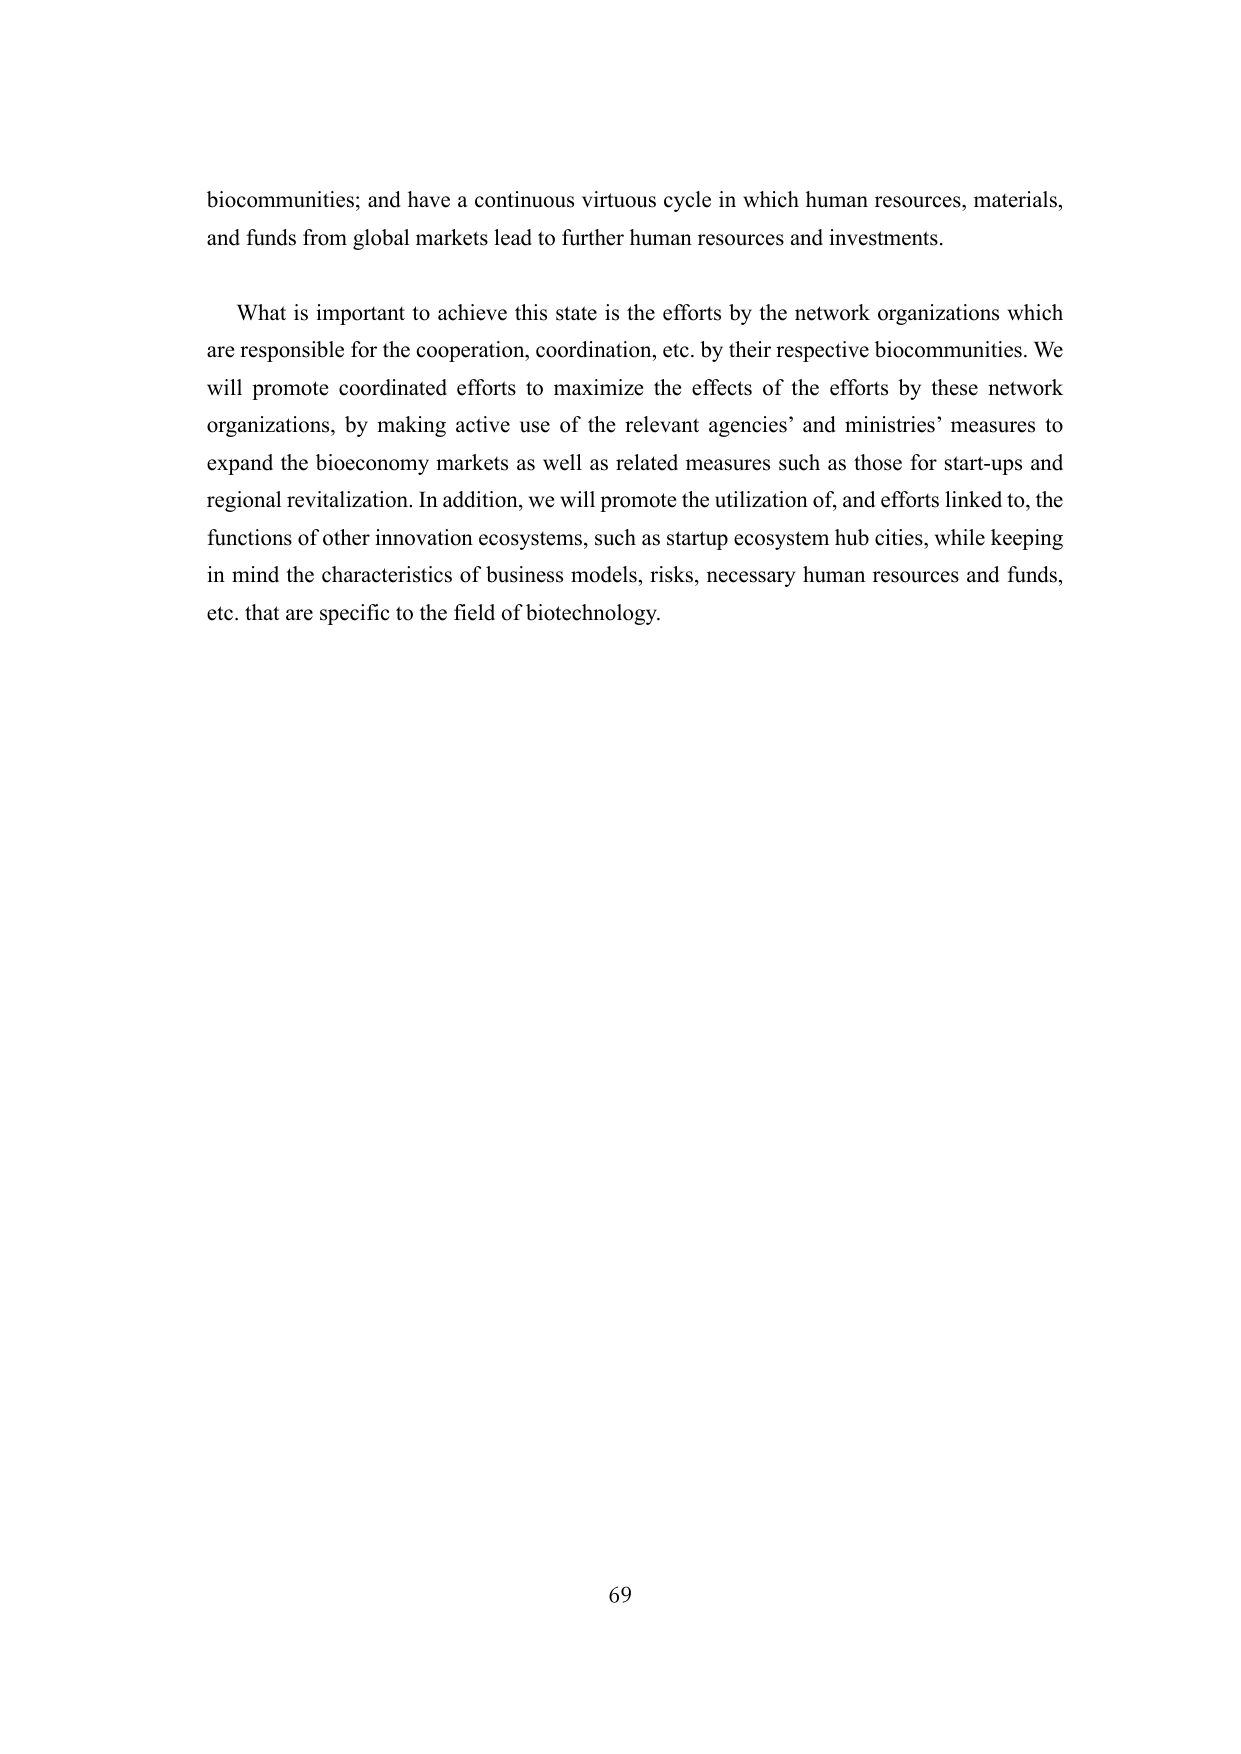
biocommunities; and have a continuous virtuous cycle in which human resources, materials, and funds from global markets lead to further human resources and investments.

What is important to achieve this state is the efforts by the network organizations which are responsible for the cooperation, coordination, etc. by their respective biocommunities. We will promote coordinated efforts to maximize the effects of the efforts by these network organizations, by making active use of the relevant agencies’ and ministries’ measures to expand the bioeconomy markets as well as related measures such as those for start-ups and regional revitalization. In addition, we will promote the utilization of, and efforts linked to, the functions of other innovation ecosystems, such as startup ecosystem hub cities, while keeping in mind the characteristics of business models, risks, necessary human resources and funds, etc. that are specific to the field of biotechnology.

69